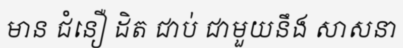
មាន ជំនឿ ដិត ជាប់ ជាមួយនឹង សាសនា